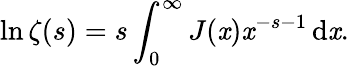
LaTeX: \ln\zeta(s)=s\int_{0}^{\infty}J(\mathit{x})\mathit{x}^{-s-1}\, \mathrm{{d}}\mathit{x}.